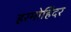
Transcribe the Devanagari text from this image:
हरमोहिंदर